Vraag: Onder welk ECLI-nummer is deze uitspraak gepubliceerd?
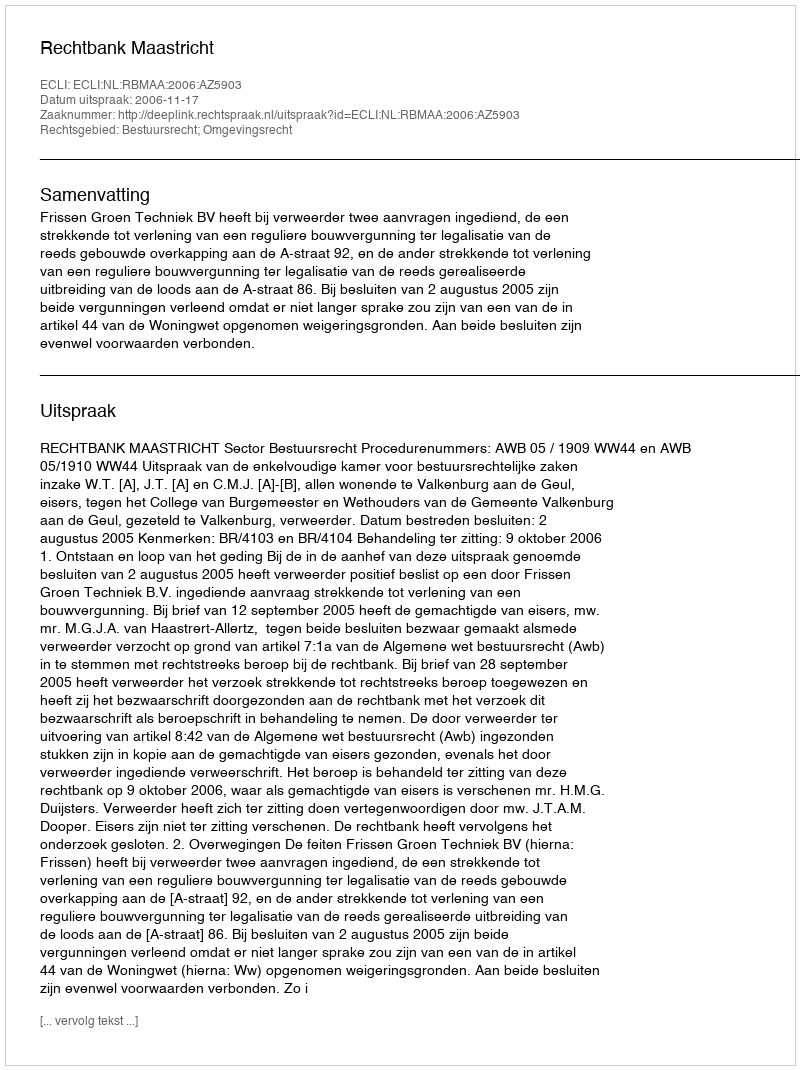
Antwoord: ECLI:NL:RBMAA:2006:AZ5903